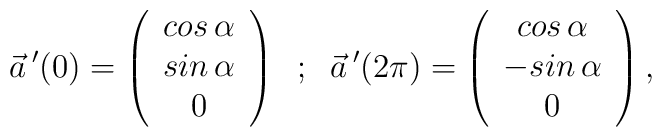
\vec{a}\,'(0) = \left( \begin{array}{c} cos\,\alpha \\ sin\,\alpha \\ 0\end{array} \right) \; \; ; \; \; \vec{a}\,'(2\pi) = \left( \begin{array}{c}cos\,\alpha \\ -sin\,\alpha \\ 0 \end{array} \right) ,